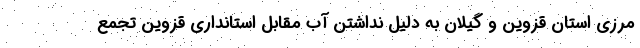
مرزی استان قزوین و گیلان به دلیل نداشتن آب مقابل استانداری قزوین تجمع